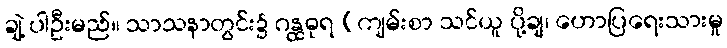
ချဲ့ ပါဦးမည်။ သာသနာတွင်း၌ ဂန္ထဓုရ (ကျမ်းစာ သင်ယူ ပို့ချ၊ ဟောပြရေးသားမှု